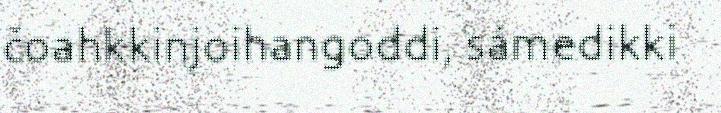
čoahkkinjoihangoddi, sámedikki